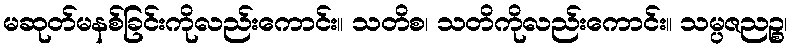
မဆုတ်မနစ်ခြင်းကိုလည်းကောင်း။ သတိစ၊ သတိကိုလည်းကောင်း။ သမ္ပဇညဉ္စ၊